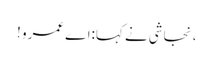
، نجاشی نے کہا:اے عمرو !